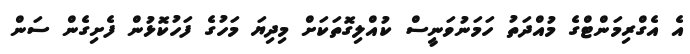
އެ އެގްރިމަންޓްގެ މުއްދަތު ހަމަނުވަނީސް ކުއްލިގޮތަކަށް މިދިޔަ މަހުގެ ފަހުކޮޅުން ފެށިގެން ސަން